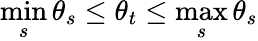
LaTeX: \operatorname*{min}_{s}\theta_{s}\le\theta_{t}\le\operatorname*{max}_{s}\theta_{s}